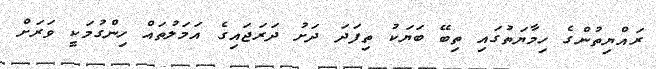
ރައްޔިތުންގެ ހިމާޔަތުގައި ތިބޭ ބަޔަކު ތިފަދަ ދަށު ދަރަޖައިގެ އަމަލުތައް ހިންގުމަކީ ވަރަށް